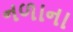
નળાના